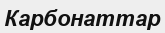
Карбонаттар